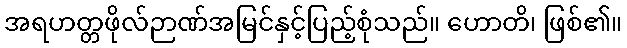
အရဟတ္တဖိုလ်ဉာဏ်အမြင်နှင့်ပြည့်စုံသည်။ ဟောတိ၊ ဖြစ်၏။